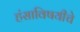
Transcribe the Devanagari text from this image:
हंसाविषयीचे